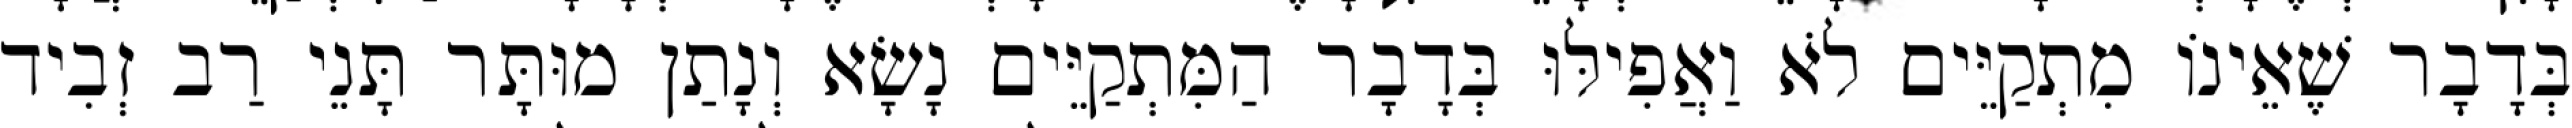
בְּדָבָר שֶׁאֵינוֹ מִתְקַיֵּים לֹא וַאֲפִילּוּ בְּדָבָר הַמִּתְקַיֵּים נָשָׂא וְנָתַן מוּתָּר תָּנֵי רַב זְבִיד